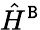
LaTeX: \hat{H}^{{\tt B}}